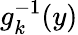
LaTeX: g_{k}^{-1}(y)